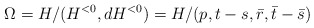
\begin{align*}\Omega = H/ (H^{<0}, dH^{<0}) = H/(p,t-s,\bar r,\bar t-\bar s)\end{align*}